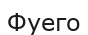
Фуего